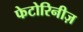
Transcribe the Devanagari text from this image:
फेटोरिनीज़